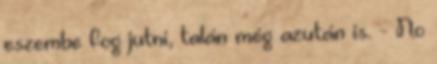
eszembe fog jutni, talán még azután is. - No